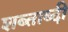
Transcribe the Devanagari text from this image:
शब्ताब्दी